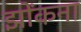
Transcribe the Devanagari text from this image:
झोंकना